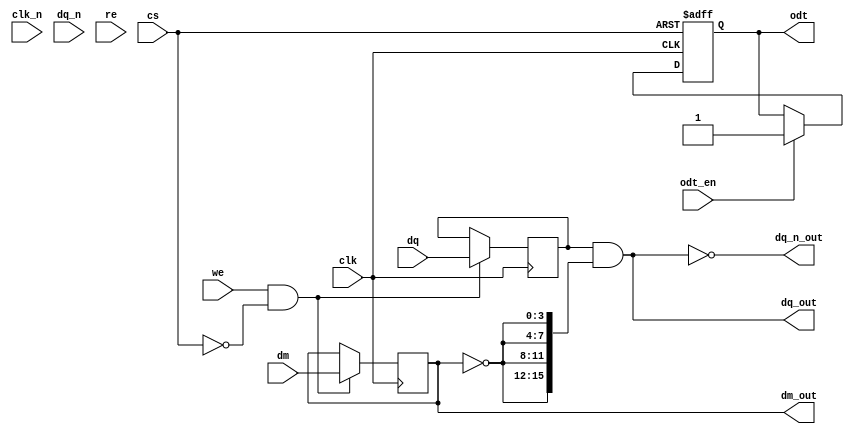
module lpddr4_io_block (
    input wire clk,               // Clock input (CK)
    input wire clk_n,             // Complementary clock input (CK_n)
    input wire [15:0] dq,         // Data lines (DQ)
    input wire [15:0] dq_n,       // Complementary data lines (DQ_n)
    input wire [3:0] dm,          // Data mask signals (DM)
    input wire cs,                // Chip select (CS)
    input wire we,                // Write enable (WE)
    input wire re,                // Read enable (RE)
    input wire odt_en,            // On-die termination enable
    output wire [15:0] dq_out,    // Data output
    output wire [15:0] dq_n_out,  // Complementary data output
    output wire odt,              // On-die termination output
    output wire [3:0] dm_out      // Data mask output
);

    // Internal signals for timing control
    reg [15:0] dq_reg;
    reg [15:0] dq_n_reg;
    reg odt_reg;
    reg [3:0] dm_reg;

    // On-die termination control
    always @(posedge clk or negedge cs) begin
        if (!cs) begin
            odt_reg <= 1'b0; // Disable ODT when CS is low
        end else if (odt_en) begin
            odt_reg <= 1'b1; // Enable ODT when requested
        end
    end

    // Data output logic
    always @(posedge clk) begin
        if (we && !cs) begin
            dq_reg <= dq; // Capture data on write enable
            dm_reg <= dm; // Capture data mask
        end
    end

    // Assign outputs
    assign dq_out = dq_reg & {16{~dm_reg}}; // Apply data mask
    assign dq_n_out = ~dq_out; // Complementary data output
    assign odt = odt_reg; // ODT output
    assign dm_out = dm_reg; // Data mask output

    // Slew rate control and drive strength can be implemented here
    // This is a placeholder for actual implementation
    // ...

endmodule